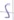
Text: S